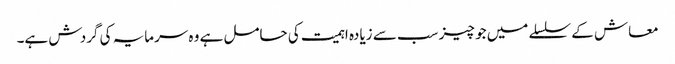
معاش کے سلسلے میں جو چیز سب سے زیادہ اہمیت کی حامل ہے وہ سرمایہ کی گردش ہے۔